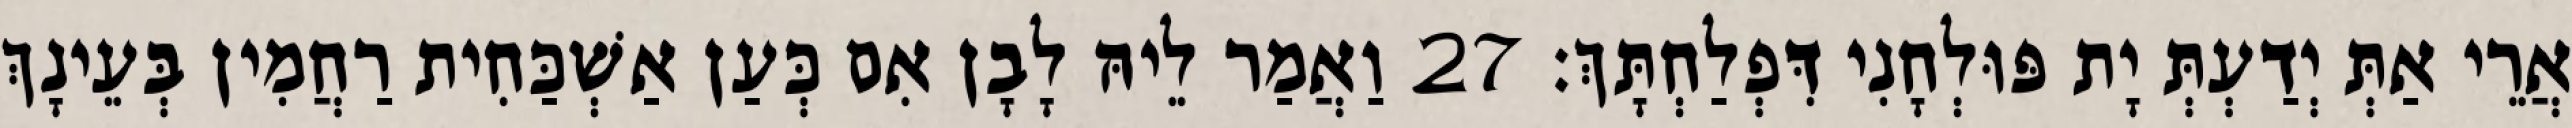
אֲרֵי אַתְּ יְדַעְתְּ יָת פּוּלְחָנִי דִּפְלַחְתָּךְ׃ 27 וַאֲמַר לֵיהּ לָבָן אִם כְּעַן אַשְׁכַּחִית רַחֲמִין בְּעֵינָךְ